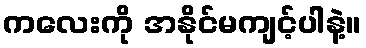
ကလေးကို အနိုင်မကျင့်ပါနဲ့။